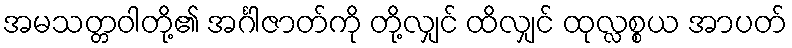
အမသတ္တဝါတို့၏ အင်္ဂါဇာတ်ကို တို့လျှင် ထိလျှင် ထုလ္လစ္စယ အာပတ်